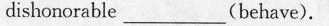
dishonorable____(behave).